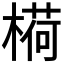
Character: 𬄋